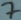
Text: 7